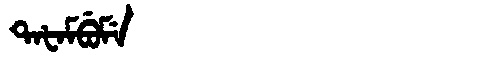
Manchu: ᡨᠠᡶᠠᠮᠪᡠᠮᡝ
Romanization: TAFAMBUME